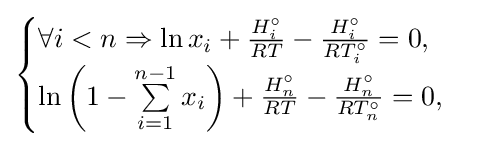
{\begin{cases}\forall i<n\Rightarrow \ln x_{i}+{\frac {H_{i}^{\circ }}{RT}}-{\frac {H_{i}^{\circ }}{RT_{i}^{\circ }}}=0,\\\ln \left(1-\sum \limits _{i=1}^{n-1}x_{i}\right)+{\frac {H_{n}^{\circ }}{RT}}-{\frac {H_{n}^{\circ }}{RT_{n}^{\circ }}}=0,\end{cases}}